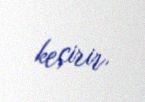
keçirir.